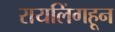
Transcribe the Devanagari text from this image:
रायलिंगहून